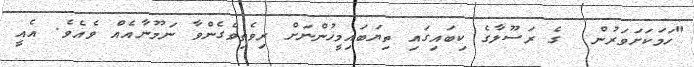
"ހަމަކަށަވަރުން  ގެ ރަސޫލާގެ ކިބައިގައި ތިޔަބައިމީހުންނަށް ރިވެތިވެގެންވާ ނަމޫނާއެއް ވެއެވެ. އެއީ